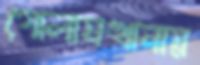
গোলামখানায়